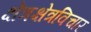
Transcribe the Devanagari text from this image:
क्षेत्रक्षेत्रविचार